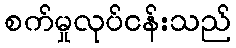
စက်မှုလုပ်ငန်းသည်